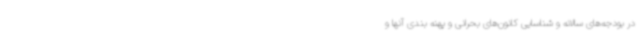
در بودجه‌های سالانه و شناسایی کانون‌های بحرانی و پهنه بندی آنها و